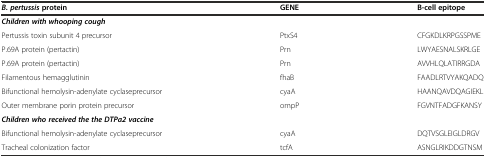
| B. pertussisprotein | GENE | B-cell epitope |
 | --- | --- | --- |
 | Children with whooping cough |  |  |
 | Pertussis toxin subunit 4 precursor | PtxS4 | CFGKDLKRPGSSPME |
 | P.69A protein (pertactin) | Prn | LWYAESNALSKRLGE |
 | P.69A protein (pertactin) | Prn | AVVHLQLATIRRGDA |
 | Filamentous hemagglutinin | fhaB | FAADLRTVYAKQADQ |
 | Bifunctional hemolysin-adenylate cyclaseprecursor | cyaA | HAANQAVDQAGIEKL |
 | Outer membrane porin protein precursor | ompP | FGVNTFADGFKANSY |
 | Children who received the the DTPa2 vaccine |  |  |
 | Bifunctional hemolysin-adenylate cyclaseprecursor | cyaA | DQTVSGLEIGLDRGV |
 | Tracheal colonization factor | tcfA | ASNGLRIKDDGTNSM |